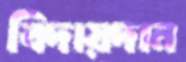
বিদায়দান